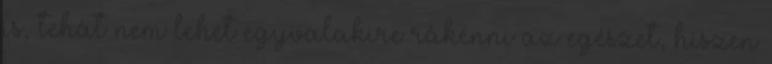
is, tehát nem lehet egyvalakire rákenni az egészet, hiszen